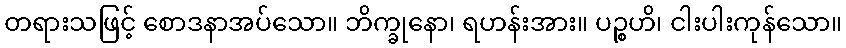
တရားသဖြင့် စောဒနာအပ်သော။ ဘိက္ခုနော၊ ရဟန်းအား။ ပဉ္စဟိ၊ ငါးပါးကုန်သော။